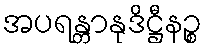
အပရန္တာနုဒိဋ္ဌီနဉ္စ